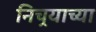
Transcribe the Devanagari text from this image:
निचर्‍याच्या